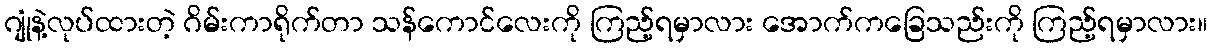
ဂျုံနဲ့လုပ်ထားတဲ့ ဂိမ်းကာရိုက်တာ သန်ကောင်လေးကို ကြည့်ရမှာလား အောက်ကခြေသည်းကို ကြည့်ရမှာလား။